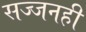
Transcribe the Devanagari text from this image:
सज्जनही